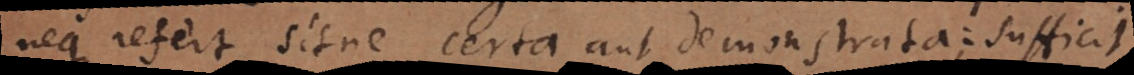
neque refert sitne certa aut demonstrata; sufficit